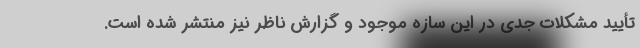
تأیید مشکلات جدی در این سازه موجود و گزارش ناظر نیز منتشر شده است.